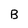
Character: B